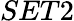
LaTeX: SET2